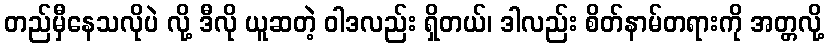
တည်မှီနေသလိုပဲ လို့ ဒီလို ယူဆတဲ့ ဝါဒလည်း ရှိတယ်၊ ဒါလည်း စိတ်နာမ်တရားကို အတ္တလို့